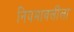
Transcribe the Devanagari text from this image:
नियमावलीला